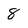
Character: 8